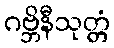
ဂဗ္ဘိနီသုတ္တံ